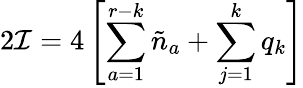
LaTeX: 2{\cal I}=4\left[\sum_{a=1}^{r-k}\tilde{n}_{a}+\sum_{j=1}^{k}q_{k}\right]